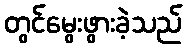
တွင်မွေးဖွားခဲ့သည်